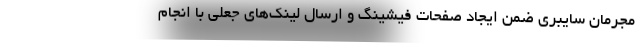
مجرمان سایبری ضمن ایجاد صفحات فیشینگ و ارسال لینک‌های جعلی با انجام